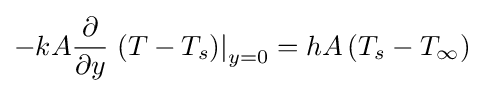
-kA{\frac {\partial }{\partial y}}\left.\left(T-T_{s}\right)\right|_{y=0}=hA\left(T_{s}-T_{\infty }\right)